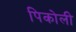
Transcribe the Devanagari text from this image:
पिकोली